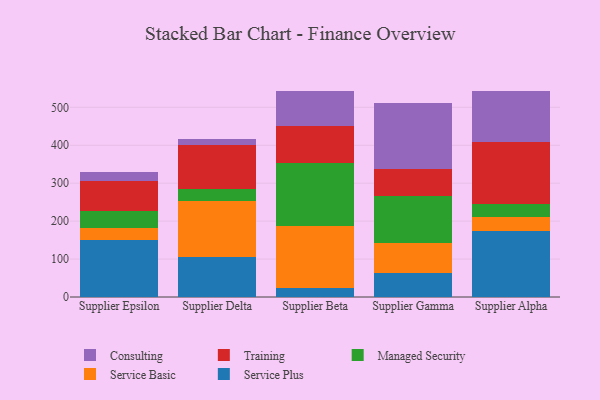
{"axis": {"x": "Supplier", "y": "Market Share (%)"}, "legend": ["Consulting", "Managed Security", "Service Basic", "Service Plus", "Training"], "data": [{"x": "Supplier Epsilon", "y": 151.0, "type": "Service Plus"}, {"x": "Supplier Epsilon", "y": 30.7, "type": "Service Basic"}, {"x": "Supplier Epsilon", "y": 45.9, "type": "Managed Security"}, {"x": "Supplier Epsilon", "y": 78.0, "type": "Training"}, {"x": "Supplier Epsilon", "y": 24.3, "type": "Consulting"}, {"x": "Supplier Delta", "y": 106.5, "type": "Service Plus"}, {"x": "Supplier Delta", "y": 145.4, "type": "Service Basic"}, {"x": "Supplier Delta", "y": 31.7, "type": "Managed Security"}, {"x": "Supplier Delta", "y": 117.7, "type": "Training"}, {"x": "Supplier Delta", "y": 15.4, "type": "Consulting"}, {"x": "Supplier Beta", "y": 24.1, "type": "Service Plus"}, {"x": "Supplier Beta", "y": 162.5, "type": "Service Basic"}, {"x": "Supplier Beta", "y": 166.3, "type": "Managed Security"}, {"x": "Supplier Beta", "y": 97.2, "type": "Training"}, {"x": "Supplier Beta", "y": 93.3, "type": "Consulting"}, {"x": "Supplier Gamma", "y": 62.0, "type": "Service Plus"}, {"x": "Supplier Gamma", "y": 80.1, "type": "Service Basic"}, {"x": "Supplier Gamma", "y": 124.6, "type": "Managed Security"}, {"x": "Supplier Gamma", "y": 70.6, "type": "Training"}, {"x": "Supplier Gamma", "y": 174.9, "type": "Consulting"}, {"x": "Supplier Alpha", "y": 172.9, "type": "Service Plus"}, {"x": "Supplier Alpha", "y": 38.4, "type": "Service Basic"}, {"x": "Supplier Alpha", "y": 34.4, "type": "Managed Security"}, {"x": "Supplier Alpha", "y": 163.9, "type": "Training"}, {"x": "Supplier Alpha", "y": 132.8, "type": "Consulting"}]}